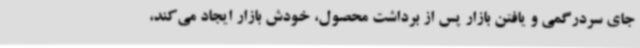
جای سردرگمی و یافتن بازار پس از برداشت محصول، خودش بازار ایجاد می‌کند،